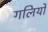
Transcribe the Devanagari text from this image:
गलियो